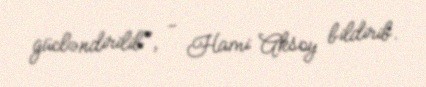
gücləndirilib", - Hami Aksoy bildirib.